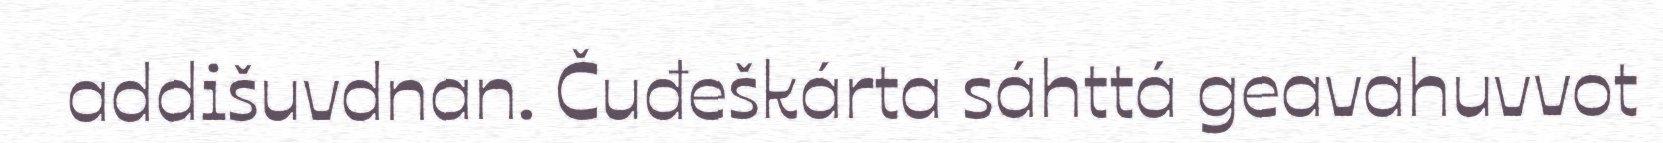
addišuvdnan. Čuđeškárta sáhttá geavahuvvot